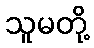
သူမတို့